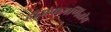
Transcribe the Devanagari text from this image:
हीअंकगणितीय